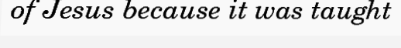
of Jesus because it was taught